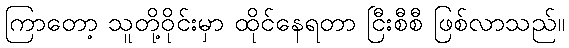
ကြာတော့ သူတို့ဝိုင်းမှာ ထိုင်နေရတာ ငြီးစီစီ ဖြစ်လာသည်။